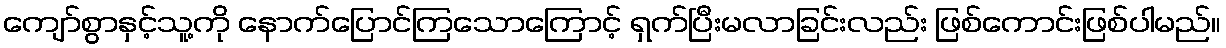
ကျော်စွာနှင့်သူ့ကို နောက်ပြောင်ကြသောကြောင့် ရှက်ပြီးမလာခြင်းလည်း ဖြစ်ကောင်းဖြစ်ပါမည်။